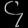
Digit: ၄